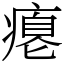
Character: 瘪